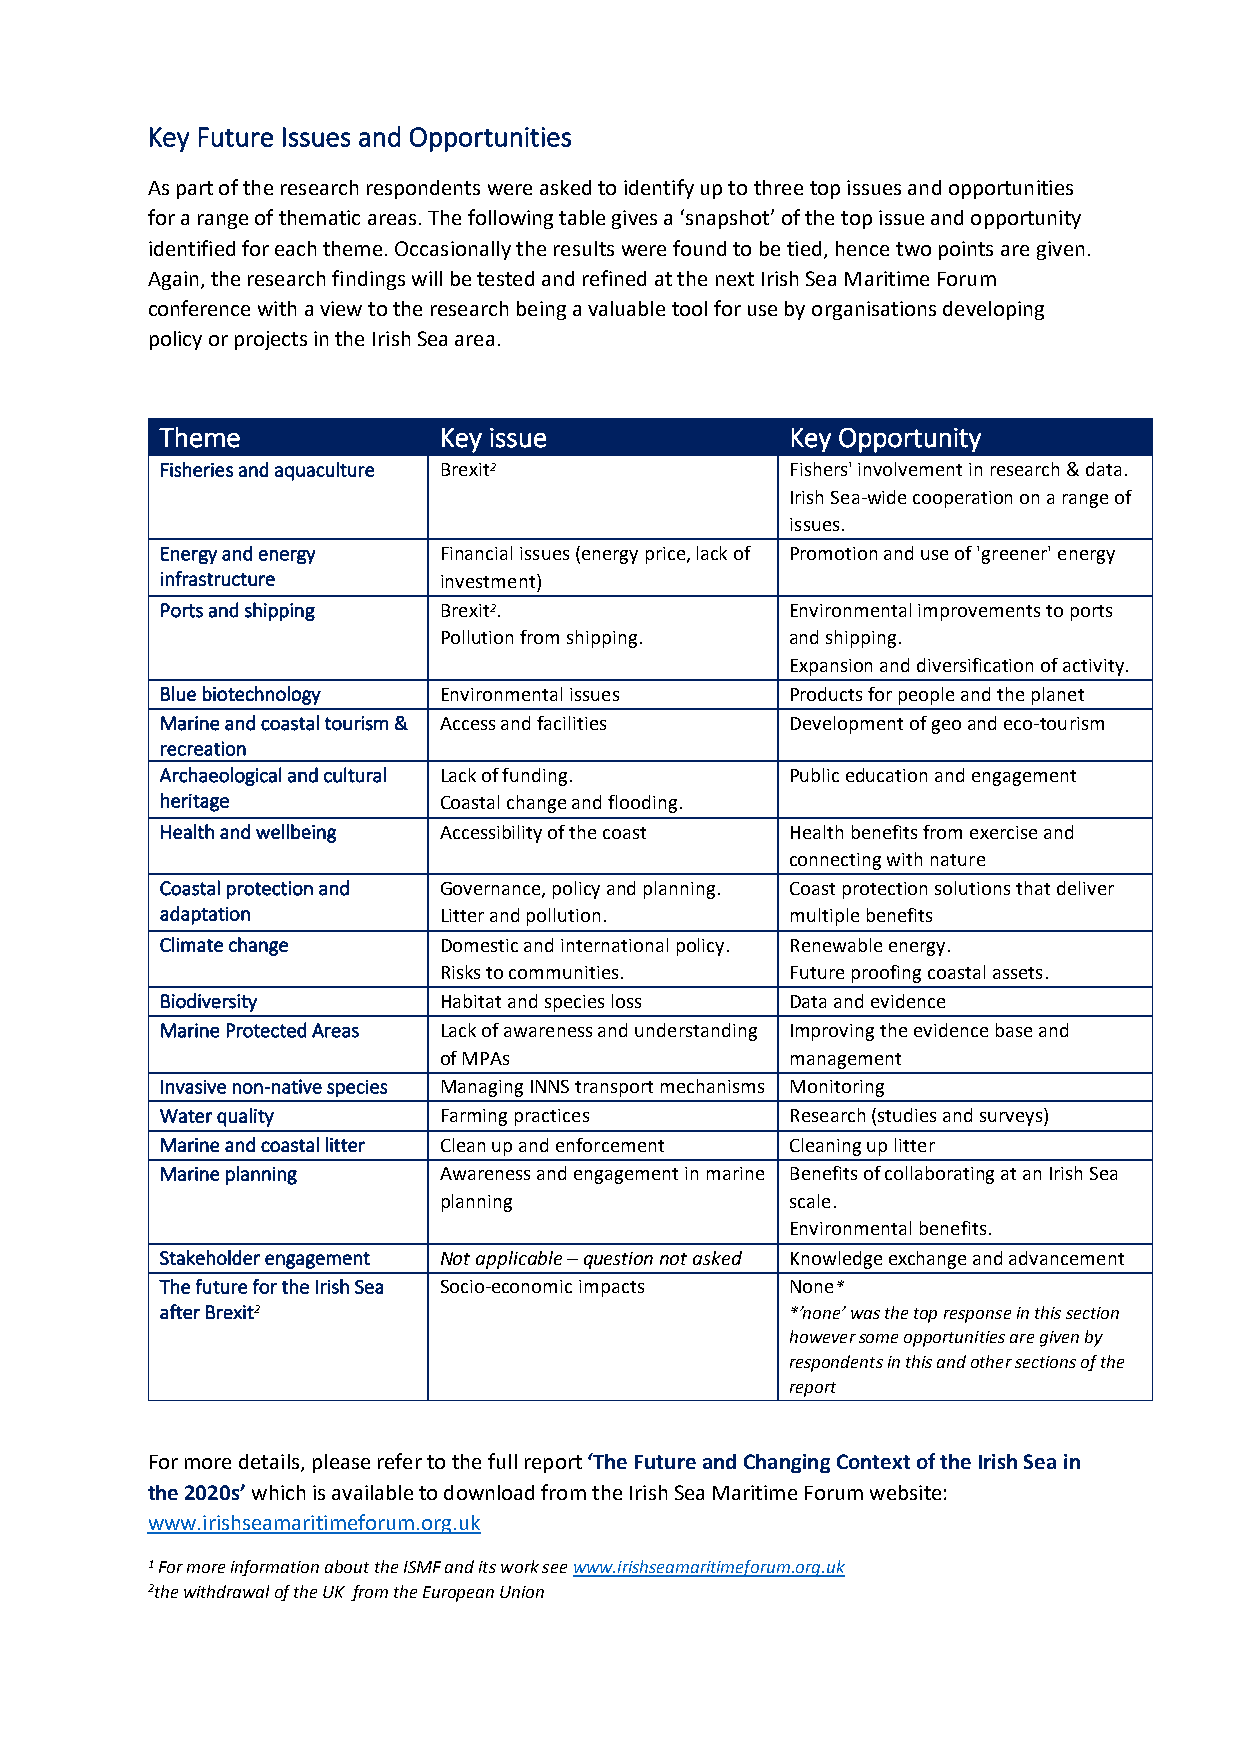
Key Future Issues and Opportunities
 As part of the research respondents were asked to identify up to three top issues and opportunities
 for a range of thematic areas. The following table gives a ‘snapshot’ of the top issue and opportunity
 identified for each theme. Occasionally the results were found to be tied, hence two points are given.
 Again, the research findings will be tested and refined at the next Irish Sea Maritime Forum
 conference with a view to the research being a valuable tool for use by organisations developing
 policy or projects in the Irish Sea area.
 Theme             Key issue              Key Opportunity
 Fisheries and aquaculture Brexit2        Fishers' involvement in research & data.
 Irish Sea-wide cooperation on a range of
 issues.
 Energy and energy Financial issues (energy price, lack of Promotion and use of 'greener' energy
 infrastructure    investment)
 Ports and shipping Brexit2.              Environmental improvements to ports
 Pollution from shipping. and shipping.
 Expansion and diversification of activity.
 Blue biotechnology Environmental issues  Products for people and the planet
 Marine and coastal tourism & Access and facilities Development of geo and eco-tourism
 recreation
 Archaeological and cultural Lack of funding. Public education and engagement
 heritage          Coastal change and flooding.
 Health and wellbeing Accessibility of the coast Health benefits from exercise and
 connecting with nature
 Coastal protection and Governance, policy and planning. Coast protection solutions that deliver
 adaptation        Litter and pollution.  multiple benefits
 Climate change    Domestic and international policy. Renewable energy.
 Risks to communities.  Future proofing coastal assets.
 Biodiversity      Habitat and species loss Data and evidence
 Marine Protected Areas Lack of awareness and understanding Improving the evidence base and
 of MPAs                management
 Invasive non-native species Managing INNS transport mechanisms Monitoring
 Water quality     Farming practices      Research (studies and surveys)
 Marine and coastal litter Clean up and enforcement Cleaning up litter
 Marine planning   Awareness and engagement in marine Benefits of collaborating at an Irish Sea
 planning               scale.
 Environmental benefits.
 Stakeholder engagement Not applicable – question not asked Knowledge exchange and advancement
 The future for the Irish Sea Socio-economic impacts None*
 after Brexit2                            *’none’ was the top response in this section
 however some opportunities are given by
 respondents in this and other sections of the
 report
 For more details, please refer to the full report ‘The Future and Changing Context of the Irish Sea in
 the 2020s’ which is available to download from the Irish Sea Maritime Forum website:
 www.irishseamaritimeforum.org.uk
 1 For more information about the ISMF and its work see www.irishseamaritimeforum.org.uk
 2the withdrawal of the UK from the European Union